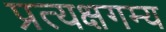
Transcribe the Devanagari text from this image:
प्रत्यक्षगम्य